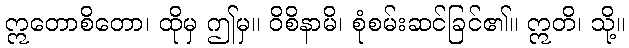
ဣတောစိတော၊ ထိုမှ ဤမှ။ ဝိစိနာမိ၊ စုံစမ်းဆင်ခြင်၏။ ဣတိ၊ သို့။